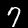
Label: 7